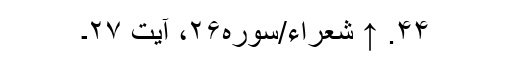
۴۴. ↑ شعراء/سوره۲۶، آیت ۲۷۔